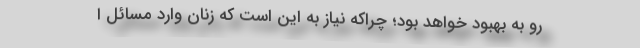
رو به بهبود خواهد بود؛ چراکه نیاز به این است که زنان وارد مسائل ا